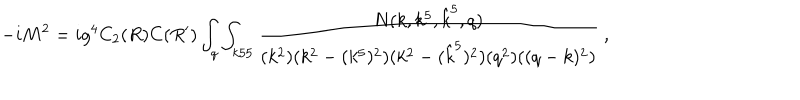
- i M ^ { 2 } = i g ^ { 4 } C _ { 2 } ( R ) C ( R ^ { \prime } ) \int _ { q } \int _ { k 5 5 } { \frac { N ( k , k ^ { 5 } , { \hat { k } } ^ { 5 } , q ) } { ( k ^ { 2 } ) ( k ^ { 2 } - ( k ^ { 5 } ) ^ { 2 } ) ( k ^ { 2 } - ( { \hat { k } } ^ { 5 } ) ^ { 2 } ) ( q ^ { 2 } ) ( ( q - k ) ^ { 2 } ) } } \ ,